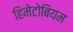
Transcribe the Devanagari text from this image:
हिमेटोबियम